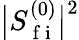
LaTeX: \big\lvert S_{\mathrm{~f~i~}}^{(0)}\big\rvert^{2}